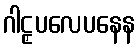
ဂါဠှပလေပနေန